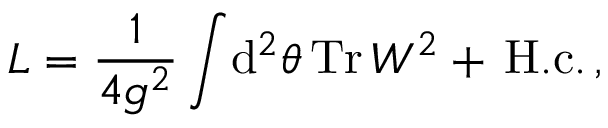
{ \cal L } = \frac { 1 } { 4 g ^ { 2 } } \int \! \mathrm { d } ^ { 2 } \theta \, \mathrm { T r } \, W ^ { 2 } + \, \mathrm { H . c . } \, ,